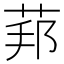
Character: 𦰥